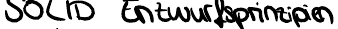
SOLID Entwurfsprinzipien